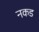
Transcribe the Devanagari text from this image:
नकड